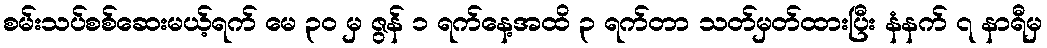
စမ်းသပ်စစ်ဆေးမယ့်ရက် မေ ၃၀ မှ ဇွန် ၁ ရက်နေ့အထိ ၃ ရက်တာ သတ်မှတ်ထားပြီး နံနက် ၇ နာရီမှ